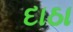
દાઠા